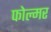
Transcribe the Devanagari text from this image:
फोल्मर